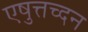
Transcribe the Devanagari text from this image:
एषुत्तच्दन